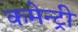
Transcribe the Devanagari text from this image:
कमेन्ट्री